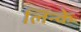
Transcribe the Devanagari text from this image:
लिन्के